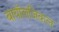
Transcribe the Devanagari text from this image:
बायॉलजिकल